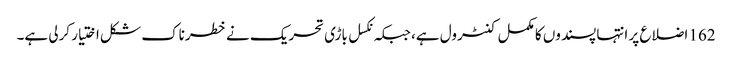
162 اضلاع پر انتہا پسندوں کا مکمل کنٹرول ہے، جبکہ نکسل باڑی تحریک نے خطرناک شکل اختیار کرلی ہے۔